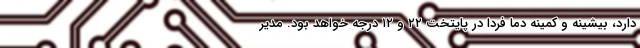
دارد، بیشینه و کمینه دما فردا در پایتخت ۲۲ و ۱۲ درجه خواهد بود. مدیر